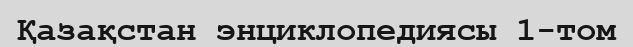
Қазақстан энциклопедиясы 1-том